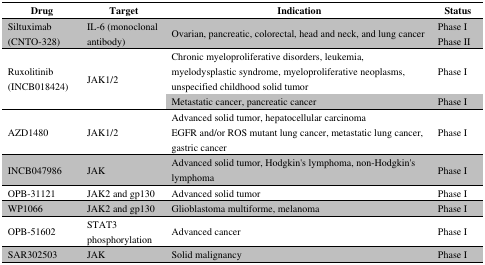
| Drug | Target | Indication | Status |
 | --- | --- | --- | --- |
 | Siltuximab (CNTO-328) | IL-6 (monoclonal antibody) | Ovarian, pancreatic, colorectal, head and neck, and lung cancer | Phase I Phase II |
 | <ROWSPAN=2> Ruxolitinib (INCB018424) | <ROWSPAN=2> JAK1/2 | Chronic myeloproliferative disorders, leukemia, myelodysplastic syndrome, myeloproliferative neoplasms, unspecified childhood solid tumor | Phase I |
 | Metastatic cancer, pancreatic cancer | Phase I |
 | AZD1480 | JAK1/2 | Advanced solid tumor, hepatocellular carcinomaEGFR and/or ROS mutant lung cancer, metastatic lung cancer, gastric cancer | Phase I |
 | INCB047986 | JAK | Advanced solid tumor, Hodgkin's lymphoma, non-Hodgkin's lymphoma | Phase I |
 | OPB-31121 | JAK2 and gp130 | Advanced solid tumor | Phase I |
 | WP1066 | JAK2 and gp130 | Glioblastoma multiforme, melanoma | Phase I |
 | OPB-51602 | STAT3 phosphorylation | Advanced cancer | Phase I |
 | SAR302503 | JAK | Solid malignancy | Phase I |